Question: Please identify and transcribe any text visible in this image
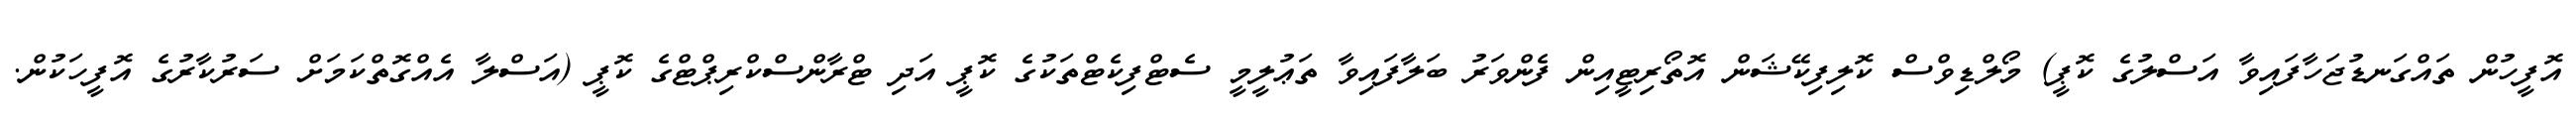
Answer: އޮފީހުން ތައްގަނޑުޖަހާފައިވާ އަސްލުގެ ކޮޕީ) މޯލްޑިވްސް ކޮލިފިކޭޝަން އޮތޯރިޓީއިން ފެންވަރު ބަލާފައިވާ ތަޢުލީމީ ސެޓްފިކެޓްތަކުގެ ކޮޕީ އަދި ޓްރާންސްކްރިޕްޓްގެ ކޮޕީ (އަސްލާ އެއްގޮތްކަމަށް ސަރުކާރުގެ އޮފީހަކުން.